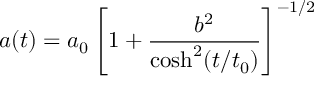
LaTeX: a ( t ) = a _ { 0 } \left[ 1 + \frac { b ^ { 2 } } { \cosh ^ { 2 } ( t / t _ { 0 } ) } \right] ^ { - 1 / 2 }